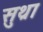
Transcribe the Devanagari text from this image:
सुथ्रा